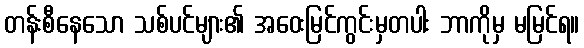
တန်းစီနေသော သစ်ပင်များ၏ အဝေးမြင်ကွင်းမှတပါး ဘာကိုမှ မမြင်ရ။